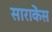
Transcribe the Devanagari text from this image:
साराकेंस